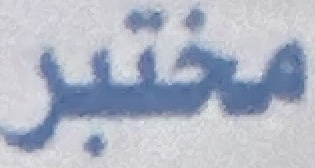
مختبر